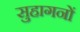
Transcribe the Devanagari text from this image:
सुहागनों